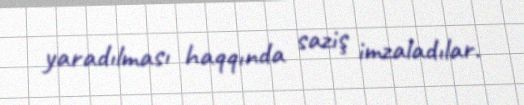
yaradılması haqqında saziş imzaladılar.